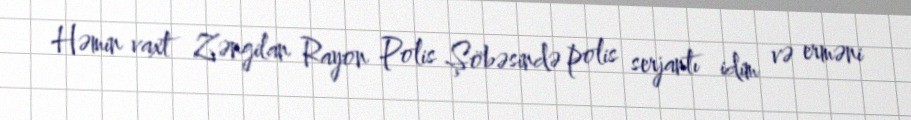
Həmin vaxt Zəngilan Rayon Polis Şöbəsində polis serjantı idim və erməni